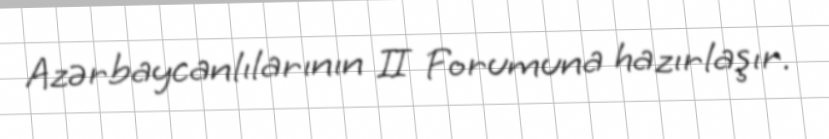
Azərbaycanlılarının II Forumuna hazırlaşır.